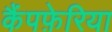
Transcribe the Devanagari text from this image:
कैंपफ़ेरिया